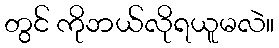
တွင် ကိုဘယ်လိုရယူမလဲ။